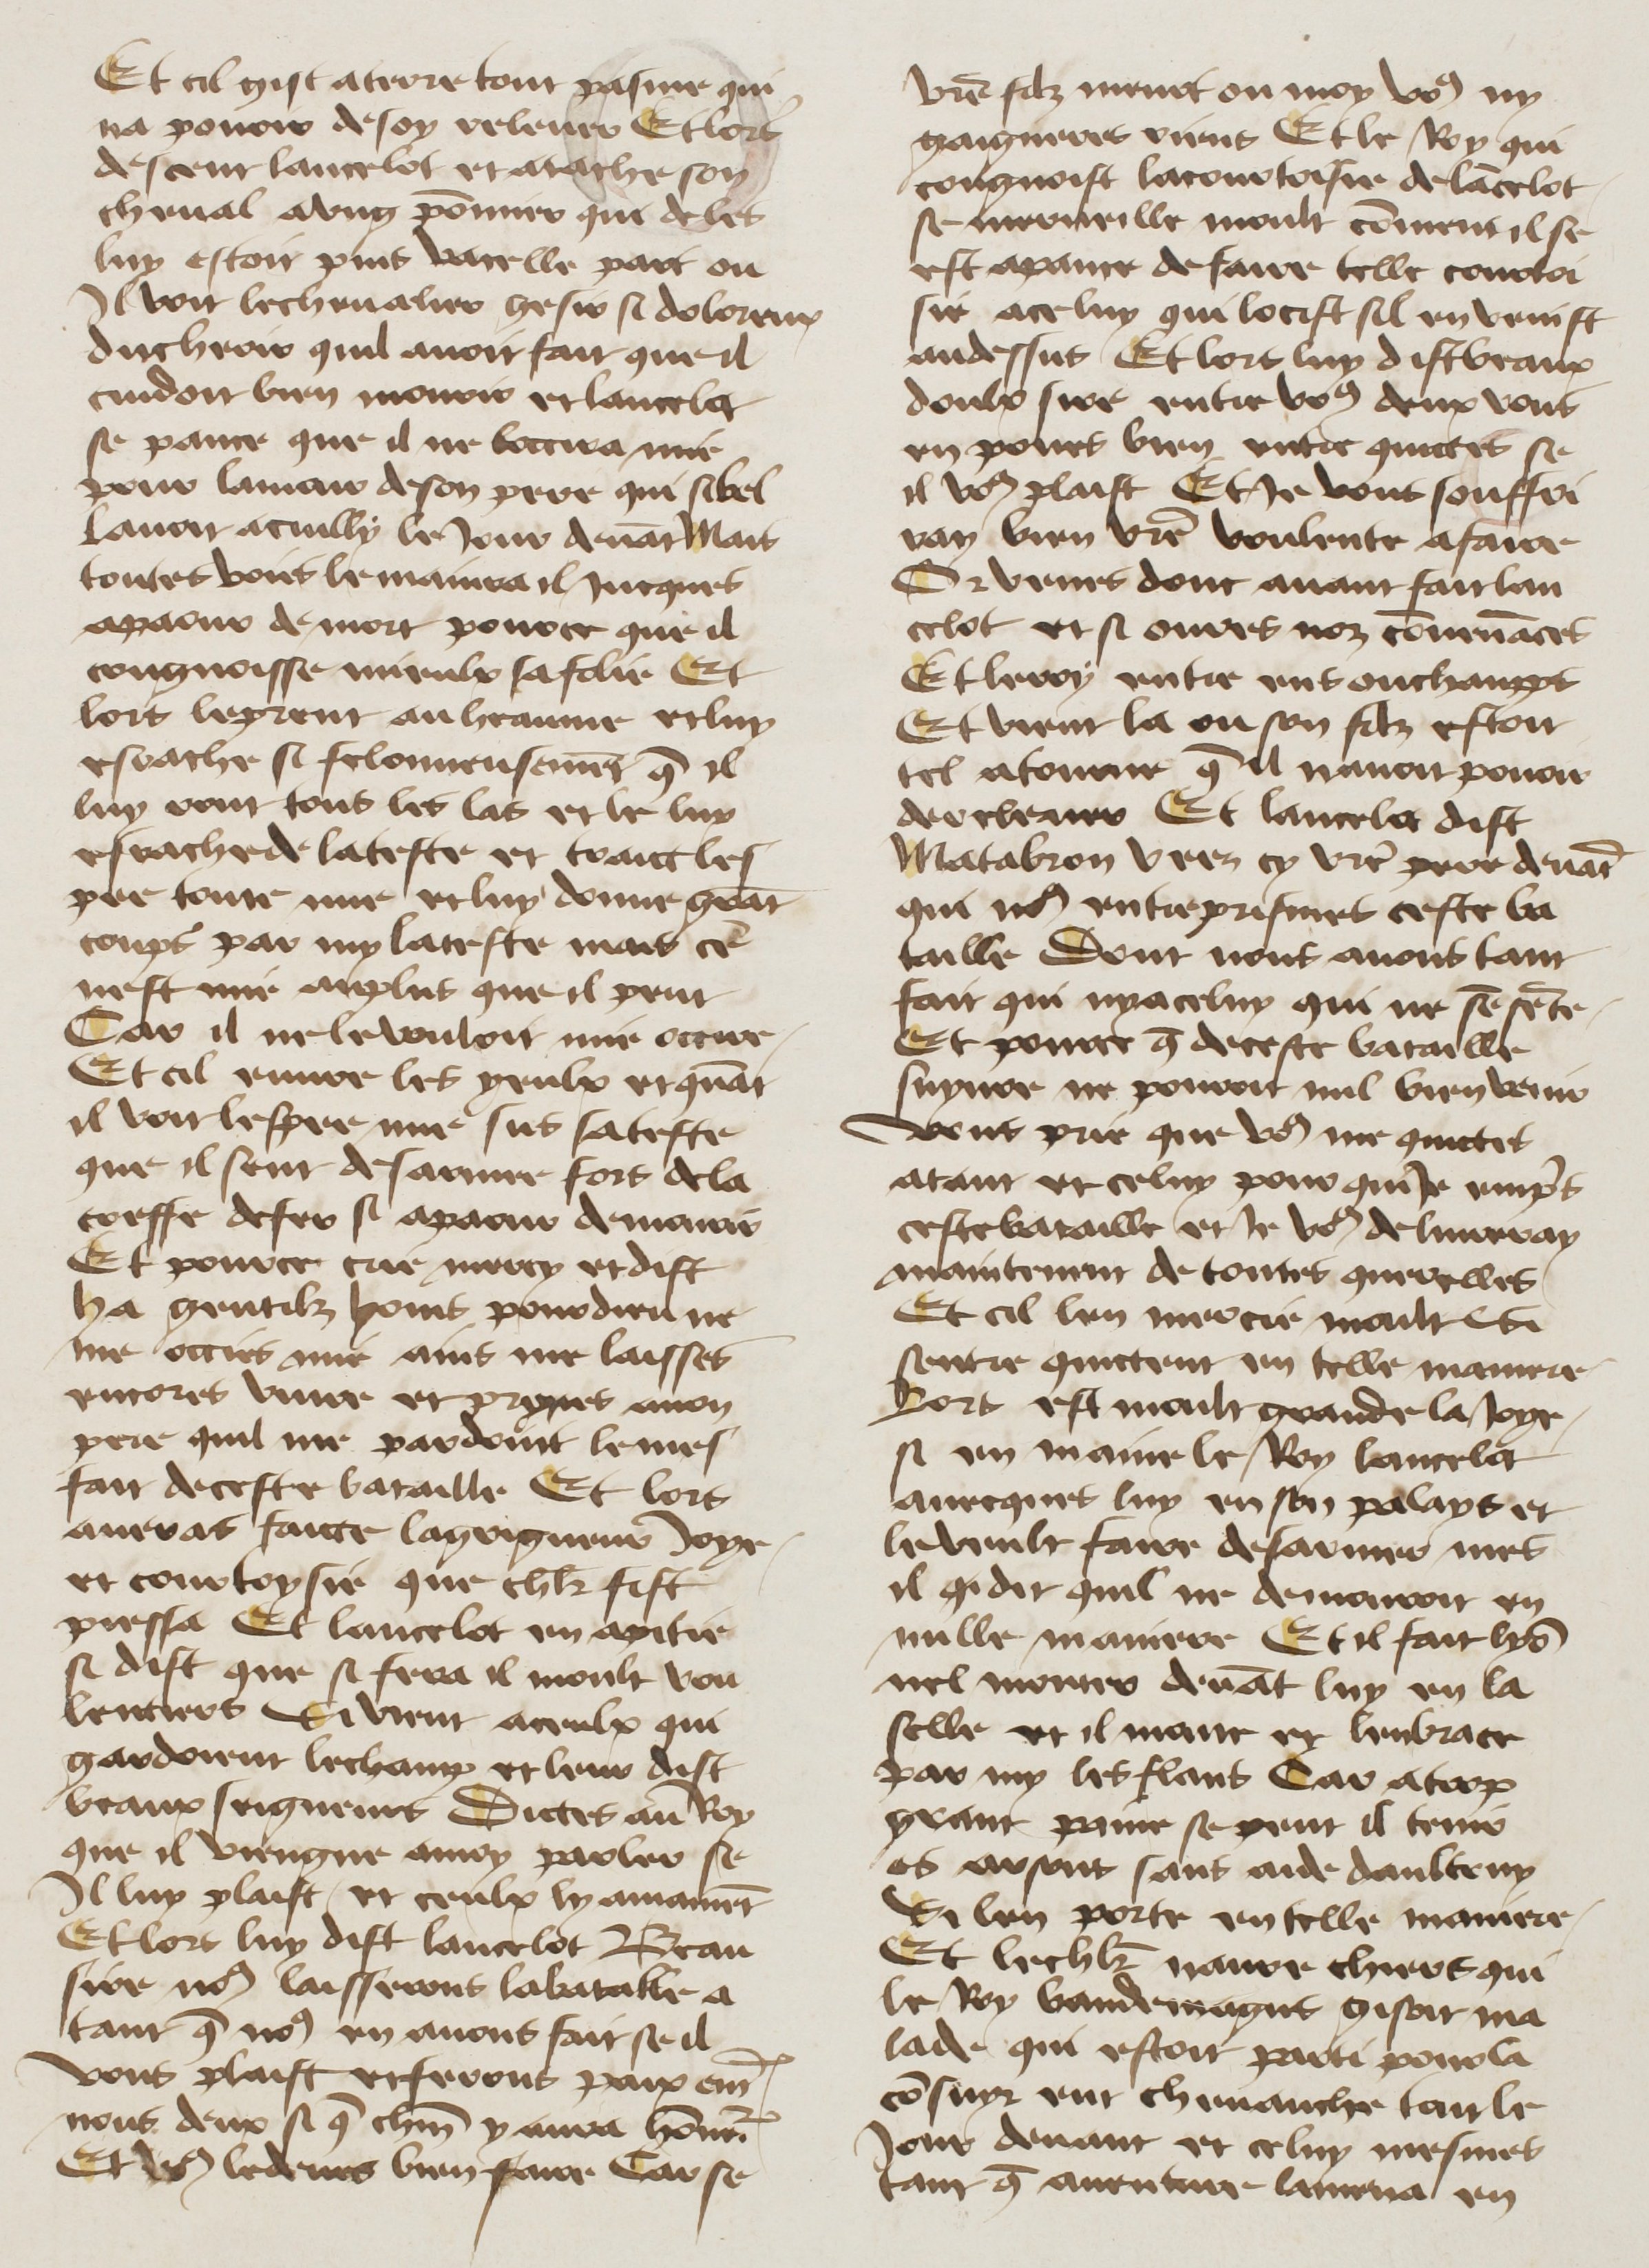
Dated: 1400–1499